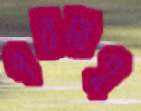
পরমাণু